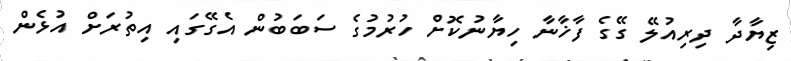
ޒިޔާދާ ދިރިއުލޭ ގޭގެ ފާޚާނާ ހިޔާނުކޮށް ހުރުމުގެ ސަބަބުން އެގޭގައި އިތުރަށް އުޅެން